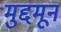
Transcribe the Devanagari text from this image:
मुद्दमून